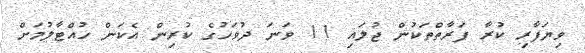
ވިޔަފާރި ކުރާ ފަރާތްތަކުން ޖުލައި 11 ވަނަ ދުވަހުގެ ކުރިން އެކަން ހުއްޓާލުމަށް